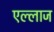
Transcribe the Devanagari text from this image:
एल्लाज